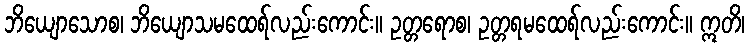
ဘိယျောသောစ၊ ဘိယျောသမထေရ်လည်းကောင်း။ ဥတ္တရောစ၊ ဥတ္တရမထေရ်လည်းကောင်း။ ဣတိ၊